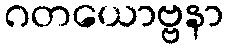
ဂတယောဗ္ဗနာ